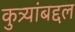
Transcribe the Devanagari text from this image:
कुत्र्यांबद्दल